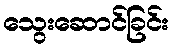
သွေးဆောင်ခြင်း